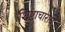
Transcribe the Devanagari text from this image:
शिष्टाचाराचे